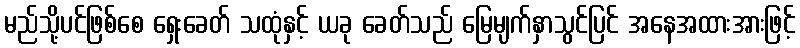
မည်သို့ပင်ဖြစ်စေ ရှေးခေတ် သထုံနှင့် ယခု ခေတ်သည် မြေမျက်နှာသွင်ပြင် အနေအထားအားဖြင့်